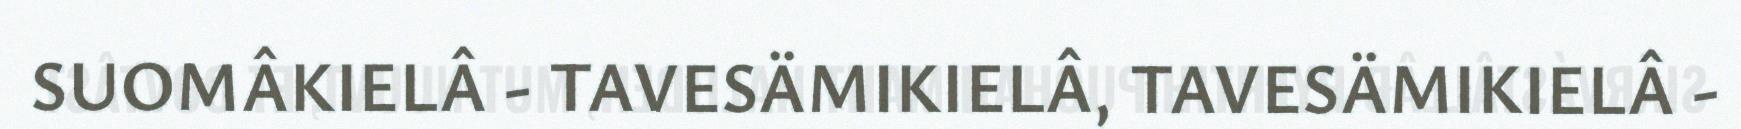
SUOMÂKIELÂ - TAVESÄMIKIELÂ, TAVESÄMIKIELÂ -